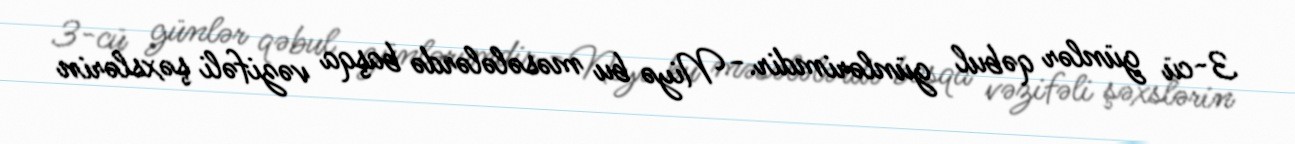
3-cü günlər qəbul günlərimdir.- Niyə bu məsələlərdə başqa vəzifəli şəxslərin